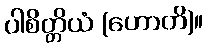
ပါစိတ္တိယံ (ဟောတိ)။